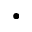
\bullet